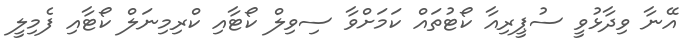
އޭނާ ވިދާޅުވީ ސުޕީރިއާ ކޯޓުތައް ކަމަށްވާ ސިވިލް ކޯޓާއި ކްރިމިނަލް ކޯޓާއި ފެމިލީ